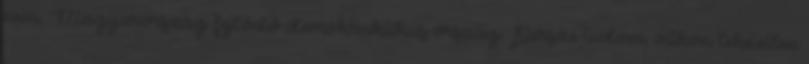
nem, Magyarország fejlődő demokraktikus ország. Persze tudom, otthon lehetetlen